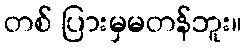
တစ် ပြားမှမတန်ဘူး။